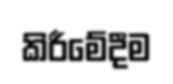
කිරීමේදීම